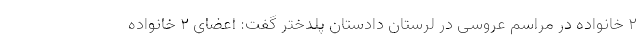
2 خانواده در مراسم عروسی در لرستان دادستان پلدختر گفت: اعضای ۲ خانواده